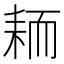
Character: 𫅺